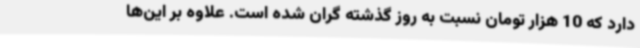
دارد که 10 هزار تومان نسبت به روز گذشته گران‌ شده است. علاوه بر این‌ها